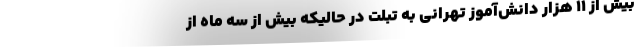
بیش از ۱۱ هزار دانش‌آموز تهرانی به تبلت در حالیکه بیش از سه ماه از